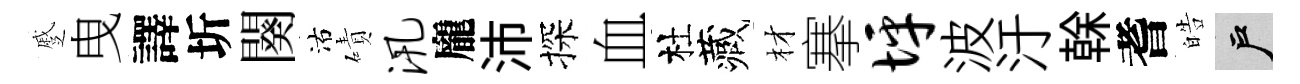
蹙曳譯圻闋沽磧汛龐沛探血杜藏材搴坪波汙𠏉耆皓户